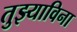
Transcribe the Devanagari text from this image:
तुझ्याविना